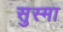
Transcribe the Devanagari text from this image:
सुस्मा